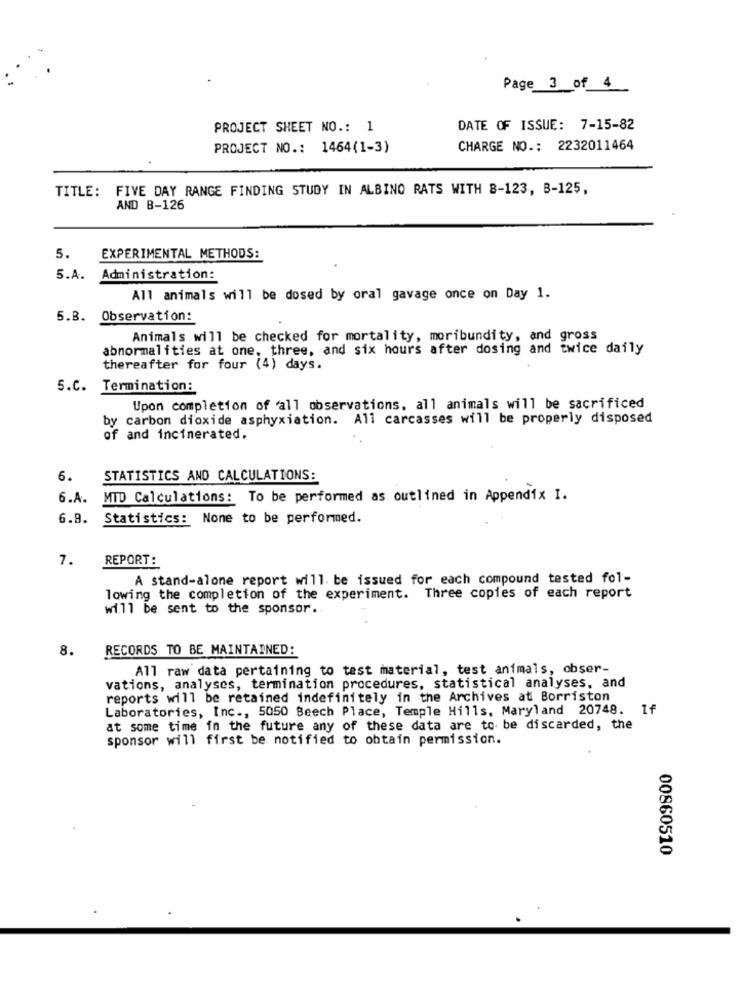
Page 3 of 4
PROJECT SHEET NO .: 1
DATE OF ISSUE: 7-15-82
PROJECT NO .: 1464(1-3)
CHARGE NO .: 2232011464
TITLE: FIVE DAY RANGE FINDING STUDY IN ALBINO RATS WITH 8-123, B-125,
AND B-126
5.
EXPERIMENTAL METHODS:
5.A.
Administration:
All animals will be dosed by oral gavage once on Day 1.
5.B. Observation:
Animals will be checked for mortality, moribundity, and gross
abnormalities at one, three, and six hours after dosing and twice daily
thereafter for four (4) days.
5.C. Termination:
Upon completion of all observations. all animals will be sacrificed
by carbon dioxide asphyxiation. All carcasses will be properly disposed
of and incinerated.
6.
STATISTICS AND CALCULATIONS:
6.A.
MTD Calculations: To be performed as outlined in Appendix I.
6.8. Statistics: None to be performed.
7.
REPORT:
A stand-alone report will. be issued for each compound tested fol-
lowing the completion of the experiment. Three copies of each report
will be sent to the sponsor.
8.
RECORDS TO BE MAINTAINED:
All raw data pertaining to test material, test animals, obser-
vations, analyses, termination procedures, statistical analyses, and
reports will be retained indefinitely in the Archives at Borriston
Laboratories, Inc ., 5050 Beech Place, Temple Hills, Maryland 20748. If
at some time in the future any of these data are to be discarded, the
sponsor will first be notified to obtain permission.
00860510